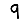
Digit: 9